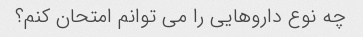
چه نوع داروهایی را می توانم امتحان کنم؟